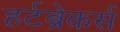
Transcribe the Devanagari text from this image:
हर्टब्रेकर्स